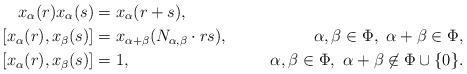
LaTeX: \begin{align*} x_\alpha(r) x_\alpha(s) & = x_\alpha(r+s), & \\ [x_\alpha(r), x_\beta(s)] & = x_{\alpha+\beta}(N_{\alpha,\beta}\cdot rs), &\ \alpha,\beta\in \Phi,\ \alpha+\beta\in\Phi, \\ [x_\alpha(r), x_\beta(s)] & = 1, &\ \alpha,\beta\in \Phi,\ \alpha+\beta \not \in \Phi \cup \{0\}. \end{align*}